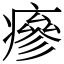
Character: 瘮